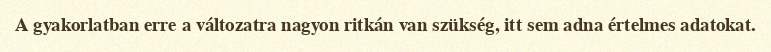
A gyakorlatban erre a változatra nagyon ritkán van szükség, itt sem adna értelmes adatokat.